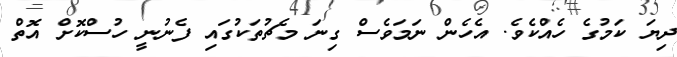
ދިޔަ ކަމުގެ ހެއްކެވެ. އެހެން ނަމަވެސް ގިނަ މެޗުތަކުގައި ފެނުނީ ހުސްކޮށް އޮތް